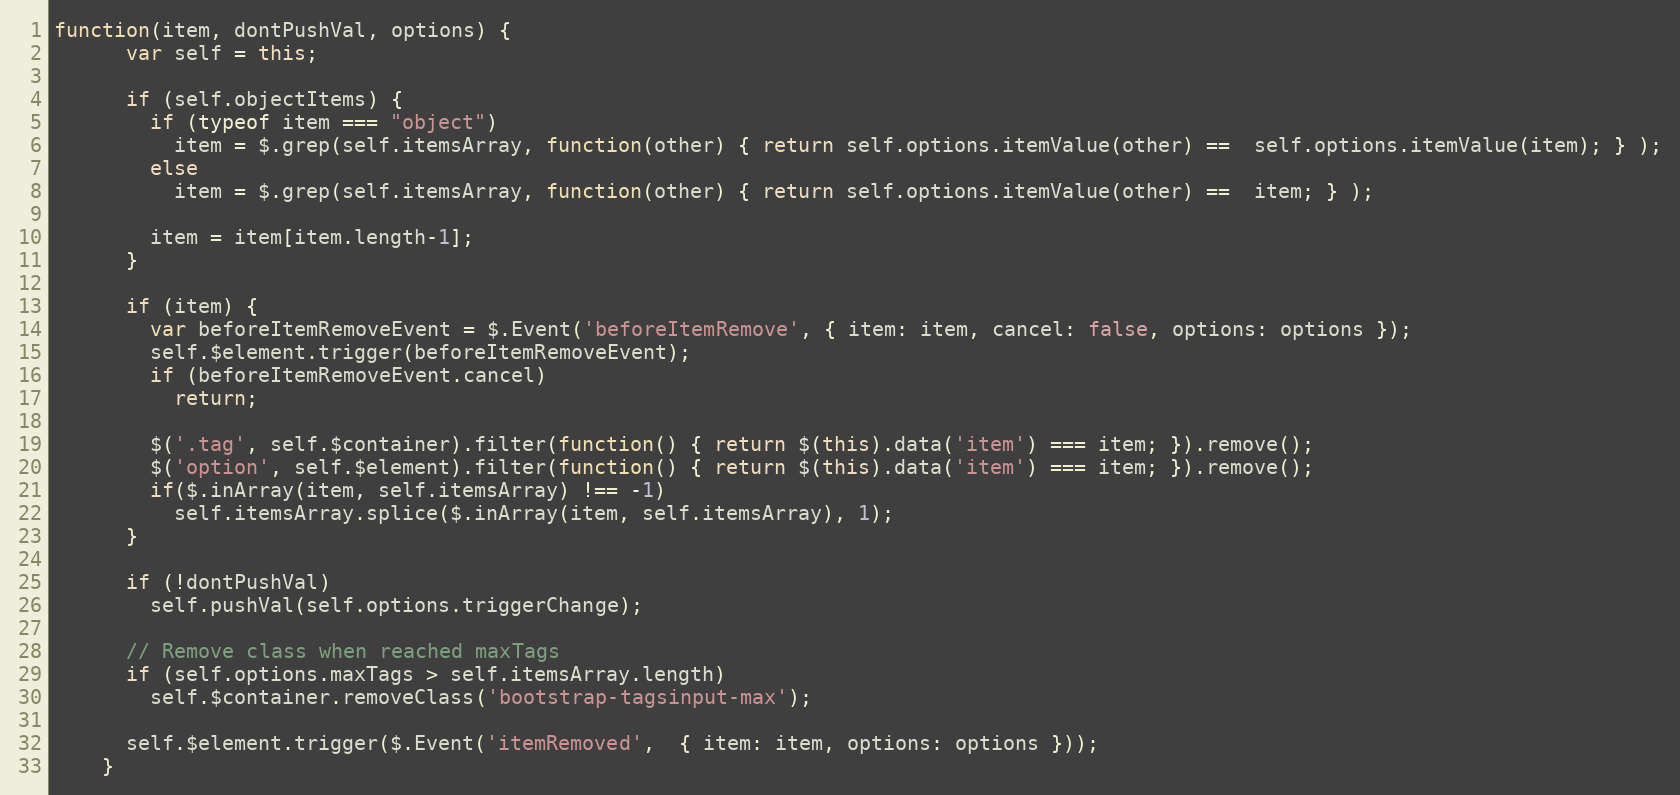
Language: JavaScript
function(item, dontPushVal, options) {
      var self = this;

      if (self.objectItems) {
        if (typeof item === "object")
          item = $.grep(self.itemsArray, function(other) { return self.options.itemValue(other) ==  self.options.itemValue(item); } );
        else
          item = $.grep(self.itemsArray, function(other) { return self.options.itemValue(other) ==  item; } );

        item = item[item.length-1];
      }

      if (item) {
        var beforeItemRemoveEvent = $.Event('beforeItemRemove', { item: item, cancel: false, options: options });
        self.$element.trigger(beforeItemRemoveEvent);
        if (beforeItemRemoveEvent.cancel)
          return;

        $('.tag', self.$container).filter(function() { return $(this).data('item') === item; }).remove();
        $('option', self.$element).filter(function() { return $(this).data('item') === item; }).remove();
        if($.inArray(item, self.itemsArray) !== -1)
          self.itemsArray.splice($.inArray(item, self.itemsArray), 1);
      }

      if (!dontPushVal)
        self.pushVal(self.options.triggerChange);

      // Remove class when reached maxTags
      if (self.options.maxTags > self.itemsArray.length)
        self.$container.removeClass('bootstrap-tagsinput-max');

      self.$element.trigger($.Event('itemRemoved',  { item: item, options: options }));
    }